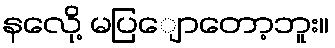
နလေို့ မပြျောတော့ဘူး။